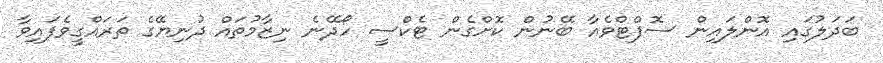
ބަދަލުގައި އޮންލައިން ސޮފްޓްވެއާ ބޭނުން ކޮށްގެން ޓެކްސީ ހޯދޭނެ ނިޒާމުތައް ދުނިޔޭގެ ތަރައްގީވެފައިވާ